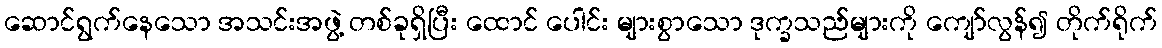
ဆောင်ရွက်နေသော အသင်းအဖွဲ့ တစ်ခုရှိပြီး ထောင် ပေါင်း များစွာသော ဒုက္ခသည်များကို ကျော်လွန်၍ တိုက်ရိုက်